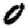
Digit: 0